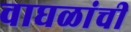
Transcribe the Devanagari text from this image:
वाघळांची